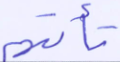
تأتهم